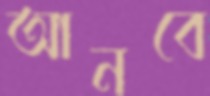
আনবে